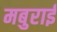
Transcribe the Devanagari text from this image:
मबुराई